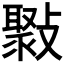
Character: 𣀒